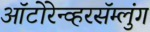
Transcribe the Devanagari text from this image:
ऑटोरेन्व्हरसॅम्लुंग